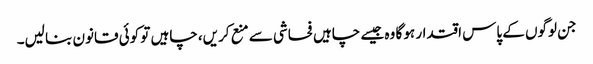
جن لوگوں کے پاس اقتدار ہو گا وہ جیسے چاہیں فحاشی سے منع کریں، چاہیں تو کوئی قانون بنا لیں۔